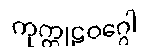
ကုက္ကုဠဝဂ္ဂေါ